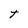
Character: t